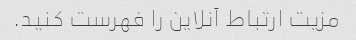
مزیت ارتباط آنلاین را فهرست کنید.